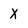
Character: X